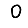
Digit: 0